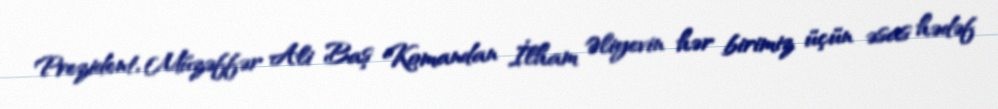
Prezident, Müzəffər Ali Baş Komandan İlham Əliyevin hər birimiz üçün əsas hədəf